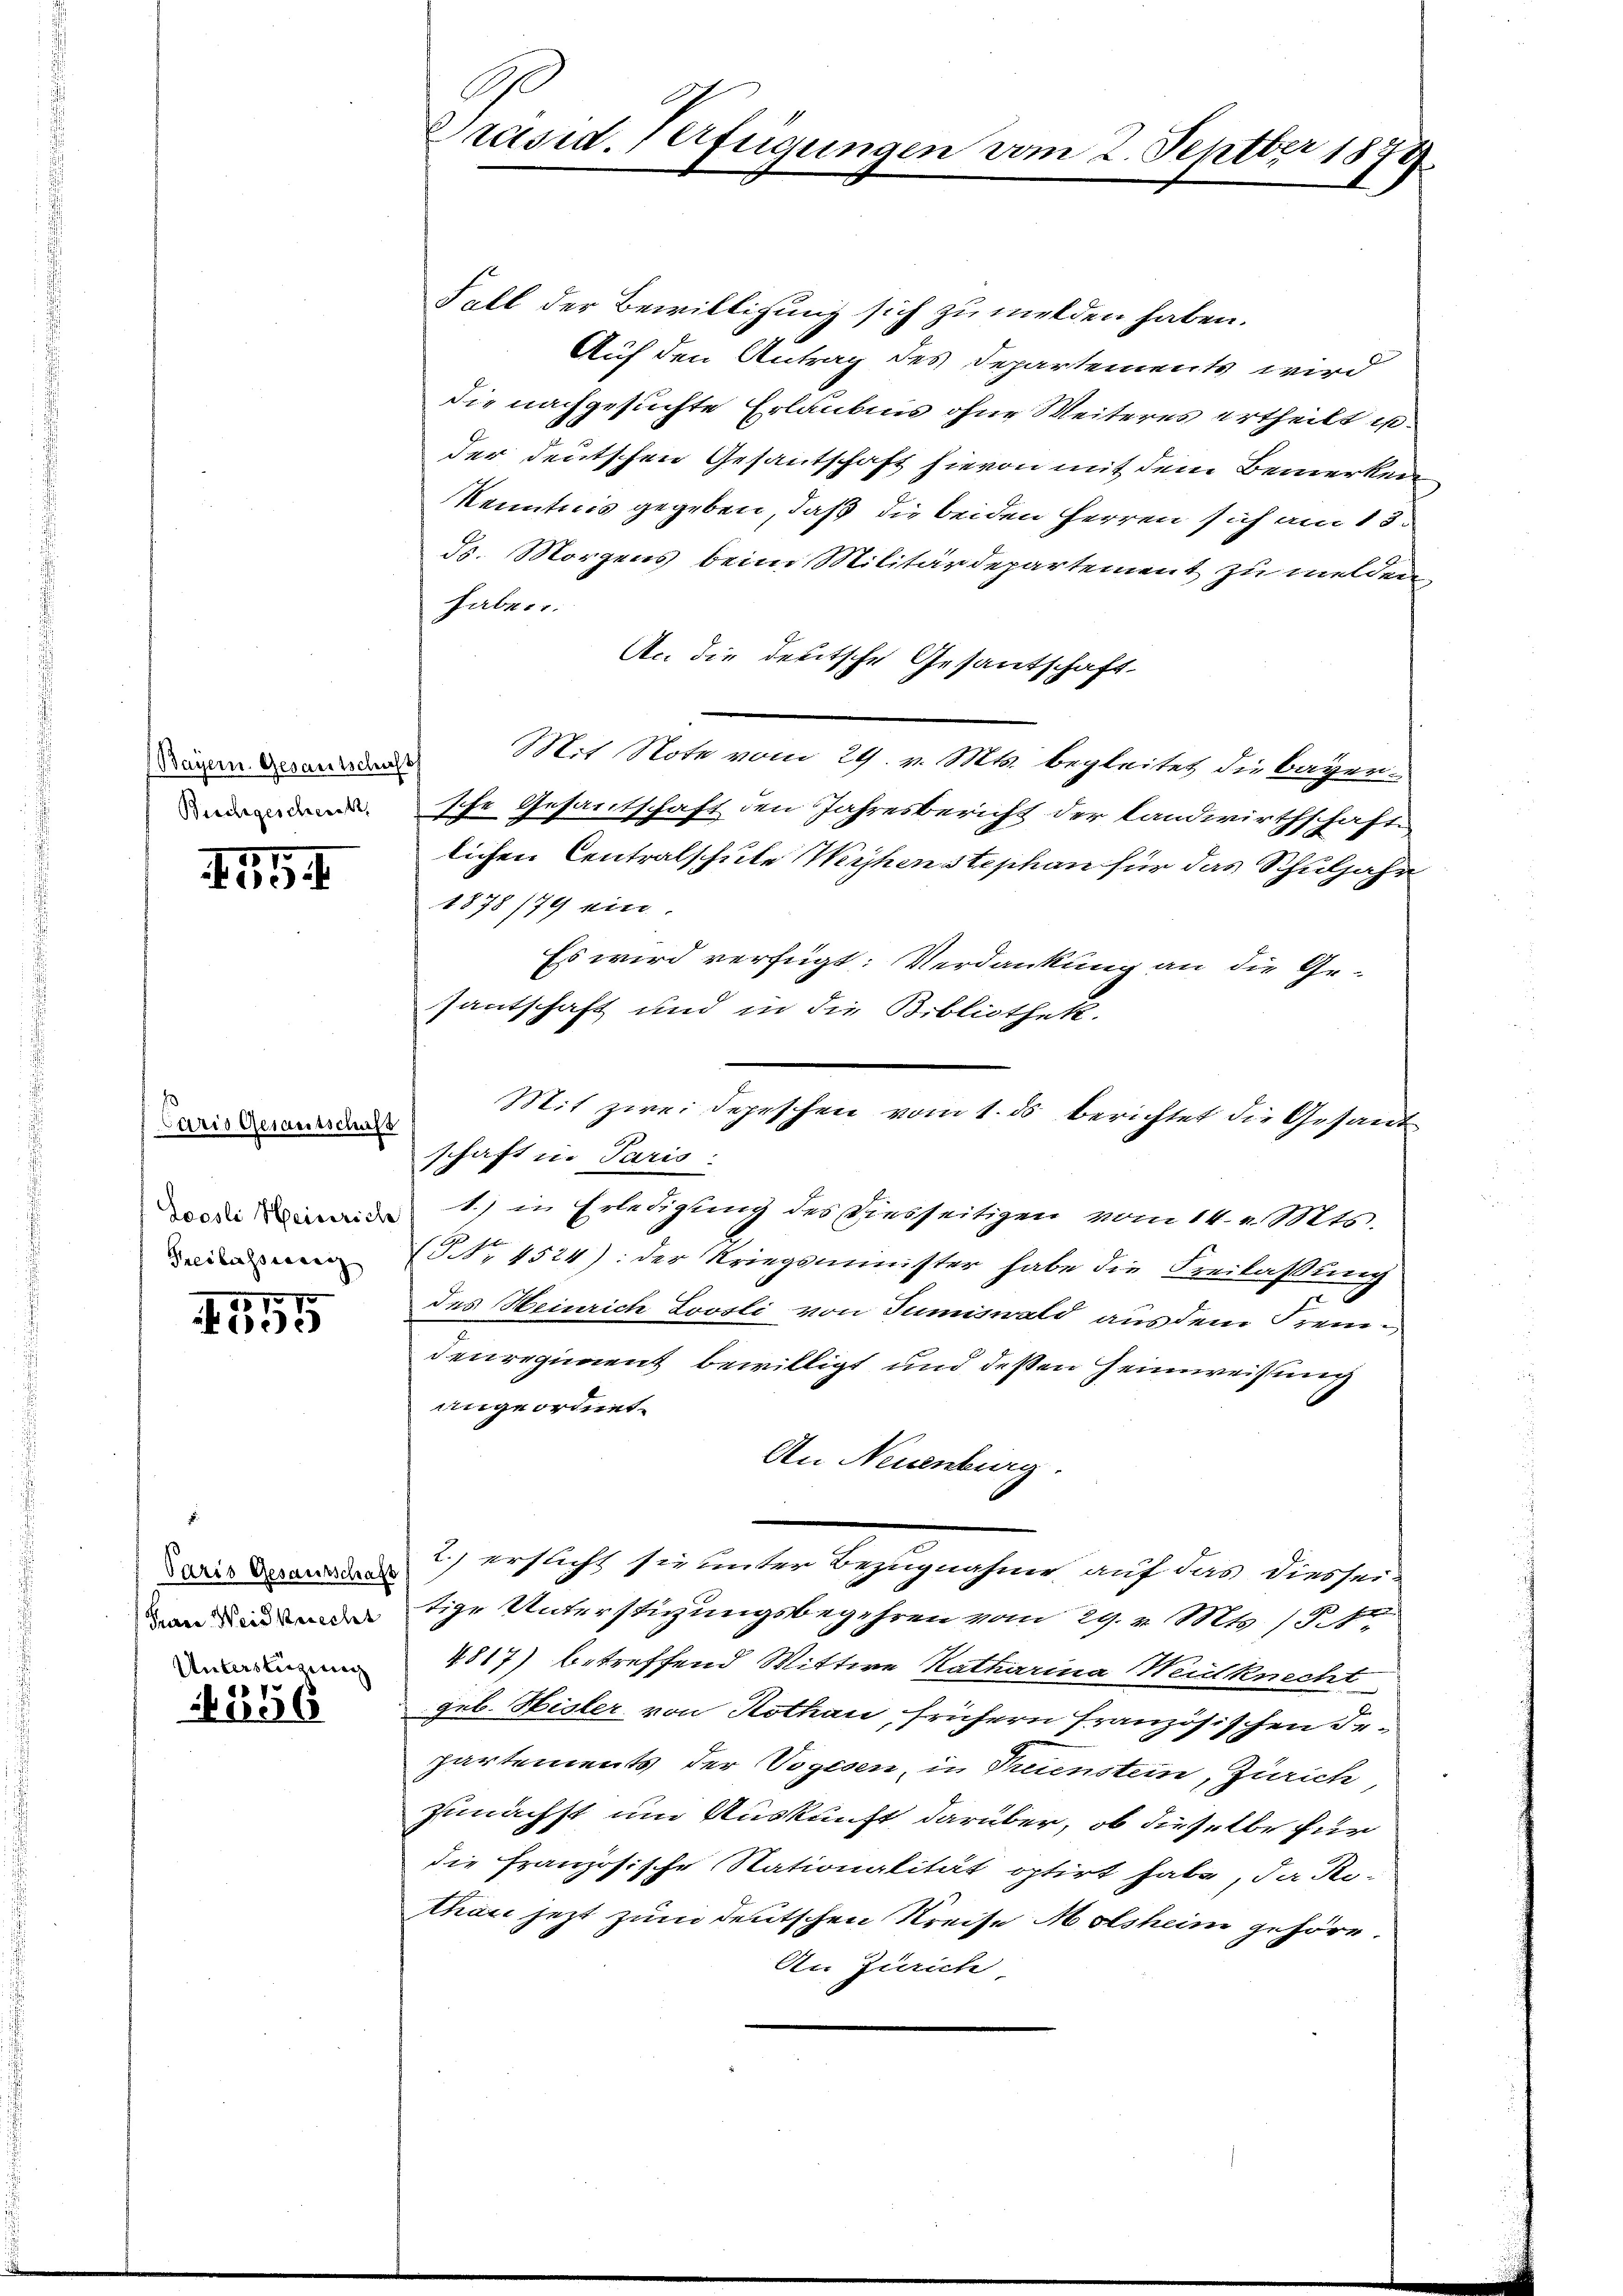
Birchgescheickt,

554

Caris Gesamtschaft
Freilassung

557
e

1006

Paris Gesandtschaft
Frare Weid berecht
Unterstrigerung
1

Präsid. Verfügungen vom 2. Septbr 1873.

Fall der Bewilligung sich zu melden haben.
Auf den Antrag des Departements wird
die nachgesuchte Erlaubnis ohne Weiteres ertheilt in
der deutschen Gesantschaft hievon mit dem Bemerken
Kenntnis gegeben, daß die beiden Herren sich am 13.
ds. Morgens beim Militärdepartement zu melden,
haben.
An die deutsche Gesandtschaft-
Dänen den Mit Note vom 29. v. Mts. Begleitet die Bagen-
sche Gesantschaft den Jahresbericht der Landwirthschaft
lichen Centralschule Weihenstephan für das Schuljahr
1878 (79 ein.
Es wird verfügt: Verdankung an die Ge-
santschaft und in die Bibliothek.
Mit zwei Depeschen vom 1. ds berichtet die Gesand
schaft in Paris:
wodi 1) in Erledigung des Diesseitigen vom 14. v. Mts.
(§ NNo. 4524): der Kriegsminister habe die Freilassung
des Heinrich Loosli von Tumiswald aus dem Fremdenregiment bewilligt und deßen Heimweisung
angeordnet.
An Neuenburg.
2.) ersucht sie unter Bezugnahme auf das diesseitige Unterstüzungsbegehren vom 29. v. Mts. 154.
4817) betreffend Wittwe Katharina Weidknecht
geb. Hisler von Rothan, frühern französischen Bepartements der Vogesen, in Truenstein, Zürich,
zunächst um Auskunft darüber, ob dieselbe für
die Französische Stationalität optirt habe, da Re-
thon jezt zum deutschen Kreise Molsheim gehöre.
An Zürich